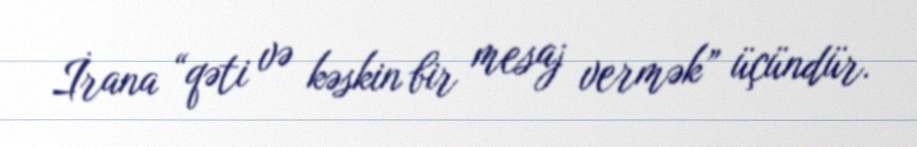
İrana “qəti və kəskin bir mesaj vermək” üçündür.